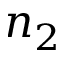
n _ { 2 }